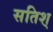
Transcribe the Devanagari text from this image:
सतिश्